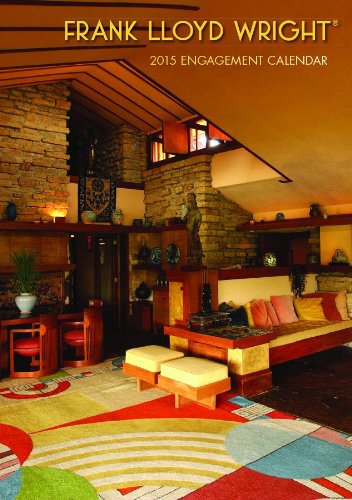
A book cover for Frank Lloyd Wright 2015 Calendar; Calendars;